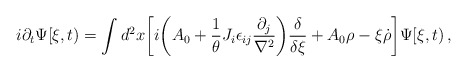
\begin{align*}i\partial_t \Psi[\xi ,t)=\int d^2 x \biggl[i\biggl(A_0+{1\over\theta}J_i\epsilon_{ij}{\partial_j\over\nabla^2}\biggr){\delta\over\delta\xi}+ A_0\rho-\xi{\dot \rho} \biggr]\Psi[\xi,t)\,,\end{align*}